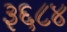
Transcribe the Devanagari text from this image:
३६८४